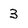
Character: 3